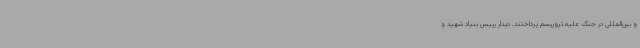
و بین‌المللی در جنگ علیه تروریسم پرداختند. دیدار رییس بنیاد شهید و